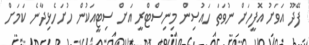
ފޭދޫ އަވަށު އޮފީހަށް ނުވަތަ ހައުސިން މިނިސްޓްރީ އަށް ސިޓީއަކުން ހުށަހެޅިދާނެ ކަމަށް